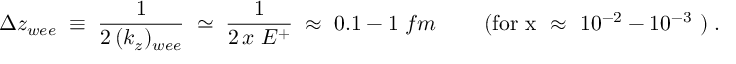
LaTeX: \Delta z _ { w e e } \; \equiv \; \frac { 1 } { 2 \, ( k _ { z } ) _ { w e e } } \; \simeq \; \frac { 1 } { 2 \, x \; E ^ { + } } \; \approx \; 0 . 1 - 1 \; f m \; \; \; \; \; \; \; \; ( \mathrm { f o r ~ x ~ \approx ~ 1 0 ^ { - 2 } - 1 0 ^ { - 3 } ~ } ) \; .